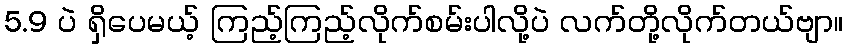
5.9 ပဲ ရှိပေမယ့် ကြည့်ကြည့်လိုက်စမ်းပါလို့ပဲ လက်တို့လိုက်တယ်ဗျာ။